Report of the Municipal Commissioner on the plague in Bombay for the year ending 31st May... - Volume 2
Disease focus: Plague
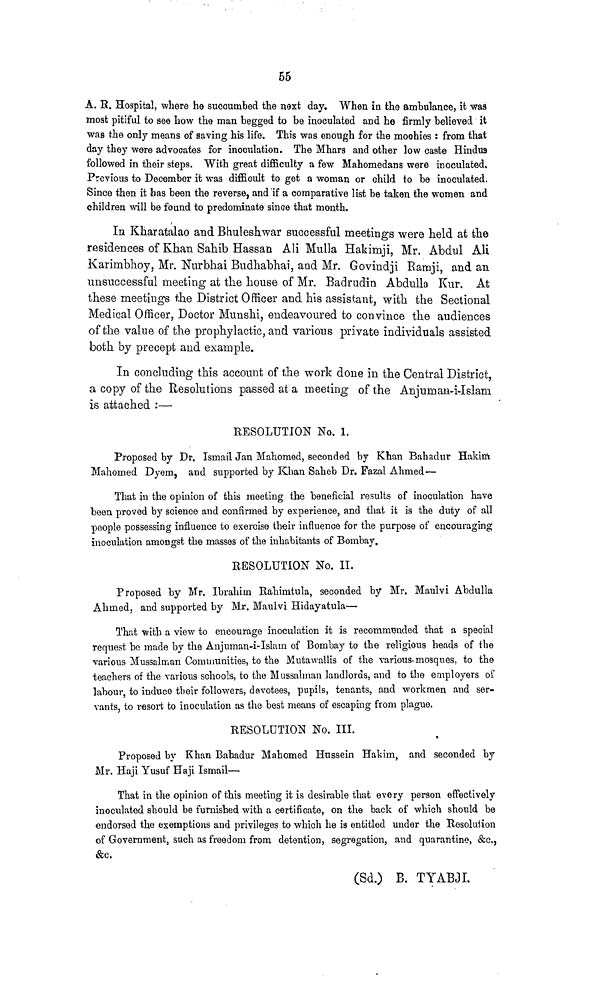
55
A. R. Hospital, where he succumbed the next day. When in the ambulance, it was
most pitiful to see how the man begged to be inoculated and he firmly believed it
was the only means of saving his life. This was enough for the moehies : from that
day they were advocates for inoculation. The Mhars and other low caste Hindus
followed in their steps. With great difficulty a few Mahomedans were inoculated.
Previous to December it was difficult to get a woman or child to be inoculated.
Since then it has been the reverse, and 'if a comparative list be taken the women and
children will be found to predominate since that month.
In Kharatalao and Bhuleshwar successful meetings were held at the
residences of Khan Sahib Hassan Ali Mulla Hakimji, Mr. Abdul AH
Karimbhoy, Mr. Nurbhai Budhabhai, and Mr. Govindji Ramji, and an
unsuccessful meeting at the house of Mr. Badrudin Abdulla Kur. At
these meetings the District Officer and his assistant, with the Sectional
Medical Officer, Doctor Munshi, endeavoured to convince the audiences
of the value of the prophylactic, and various private individuals assisted
both by precept and example,
In concluding this account of the work done in the Central District,
a copy of the Resolutions passed at a meeting of the Anjuman-i-Islam
is attached :—
RESOLUTION No. 1.
Proposed by Dr. Ismail Jan Mahomed, seconded by Khan Bahadur Hakim
Mahomed Dyem, and supported by Khan Saheb Dr. Fazal Ahmed—
That in the opinion of this meeting the beneficial results of inoculation have
been proved by science and confirmed by experience, and that it is the duty of all
people possessing influence to exercise their influence for the purpose of encouraging
inoculation amongst the masses of the inhabitants of Bombay.
RESOLUTION No. II.
Proposed by Mr. Ibrahim Rahimtula, seconded by Mr. Maulvi Abdulla
Ahmed, and supported by Mr. Maulvi Hidayatula—
That with a view to encourage inoculation it is recommended that a special
request be made by the Anjuman-i-Islam of Bombay to the religious heads of the
various Mussalman Communities, to the Mutawallis of the various-mosques, to the
teachers of the various schools, to the Mussalman landlords, and to the employers oí'
labour, to induce their followers, devotees, pupils, tenants, and workmen and ser-
vants, to resort to inoculation as the best means of escaping from plague.
RESOLUTION No. III.
Proposed by Khan Bahadur Mahomed Hussein Hakim, and seconded by
Mr. Haji Yusuf Haji Ismail—
That in the opinion of this meeting it is desirable that every person effectively
inoculated should be furnished with a certificate, on the back of which should be
endorsed the exemptions and privileges to which he is entitled under the Resolution
of Government, such as freedom from detention, segregation, and quarantine, &c.,
&c.
(Sd.) B. TYABJI.